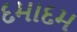
દમાદમ